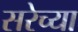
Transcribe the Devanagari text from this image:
सरेच्या